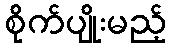
စိုက်ပျိုးမည့်